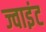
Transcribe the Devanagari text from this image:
ज्‍वाइंट